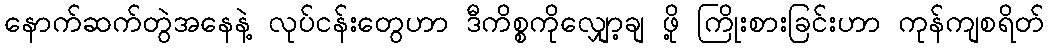
နောက်ဆက်တွဲအနေနဲ့ လုပ်ငန်းတွေဟာ ဒီကိစ္စကိုလျှော့ချ ဖို့ ကြိုးစားခြင်းဟာ ကုန်ကျစရိတ်